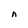
Character: h